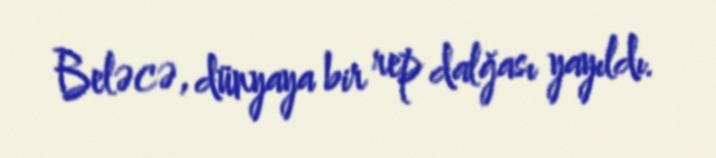
Beləcə, dünyaya bir rep dalğası yayıldı.